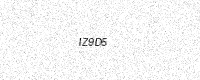
Text: IZ9D5